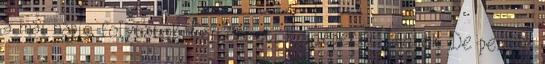
a mai napig folytatok. Kertészeti kisgépeket javítok. De persze